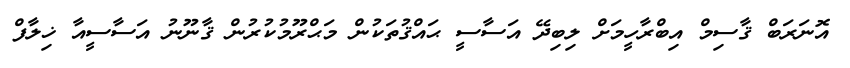
އޮނަރަބް ޤާސިމް އިބްރާހީމަށް ލިބިދޭ އަސާސީ ޙައްޤުތަކުން މަޙްރޫމުކުރުން ޤާނޫނު އަސާސީއާ ޚިލާފް